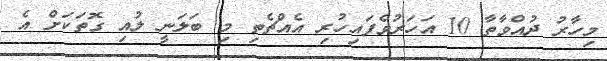
މިހާރު ދުއްވާތާ 10 އަހަރުވެފައިހުރި އެއްޗެތި މި ބަލަނީ ލުއި ގޮތަކަށް އެ